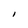
Character: I